Latin Pronunciation, 1907
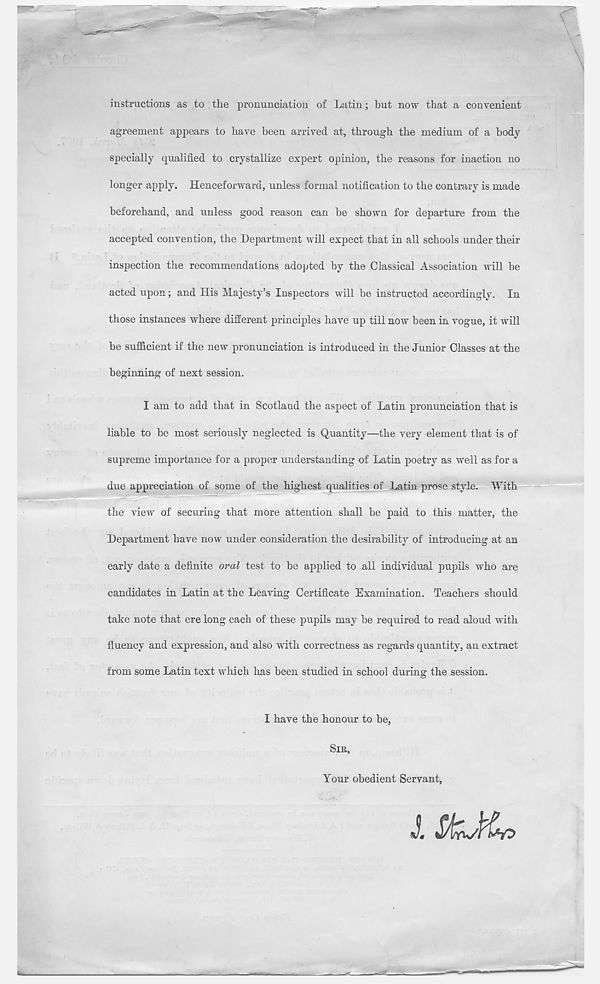
instructions as to the pronunciation of Latin; but now that a convenient
agreement appears to have been arrived at, through the medium of a body
specially qualified to crystallize expert opinion, the reasons for inaction no
longer apply. Henceforward, unless formal notification to the contrary is made
beforehand, and unless good reason can be shown for departure from the
accepted convention, the Department will expect that in all schools under their
inspection the recommendations adopted by the Classical Association will be
acted upon; and His Majesty’s Inspectors will be instructed accordingly. In
those instances where different principles have up till now been in vogue, it will
be sufficient if the new pronunciation is introduced in the Junior Classes at the
beginning of next session.
I am to add that in Scotland the aspect of Latin pronunciation that is
liable to be most seriously neglected is Quantity—the very element that is of
supreme importance for a proper understanding of Latin poetry as well as for a
due appreciation of some of the highest qualities of Latin prose style. With
the view of securing that more attention shall be paid to this matter, the
Department have now under consideration the desirability of introducing at an
early date a definite oral test to be applied to all individual pupils who are
candidates in Latin at the Leaving Certificate Examination. Teachers should
take note that ere long each of these pupils may be required to read aloud with
fluency and expression, and also with correctness as regards quantity, an extract
from some Latin text which has been studied in school during the session.
I have the honour to be,
SIR,
Your obedient Servant,
J. Stri/Hw